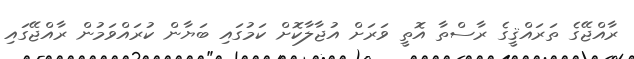
ރާއްޖޭގެ ތަރައްޤީގެ ރާސްތާ އޮތީ ވަރަށް އުޖާލާކޮށް ކަމުގައި ބަޔާން ކުރައްވަމުން ރާއްޖޭގައި